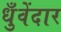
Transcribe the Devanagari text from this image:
धुँवेंदार